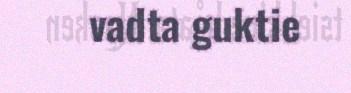
vadta guktie